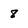
Character: 8